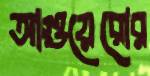
আগুয়েরোর